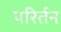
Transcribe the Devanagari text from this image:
परिर्तन